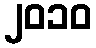
၂၀၁၀